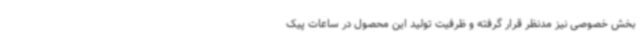
بخش خصوصی نیز مدنظر قرار گرفته و ظرفیت تولید این محصول در ساعات پیک